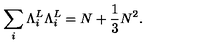
\sum _ { i } { \Lambda } _ { i } ^ { L } { \Lambda } _ { i } ^ { L } = N + \frac { 1 } { 3 } N ^ { 2 } .